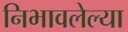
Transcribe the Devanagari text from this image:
निभावलेल्या